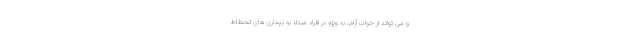
و می تواند از خواب آرام، به ویژه در افراد مبتلا به بیماری های انحطاط